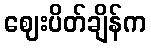
ဈေးပိတ်ချိန်က